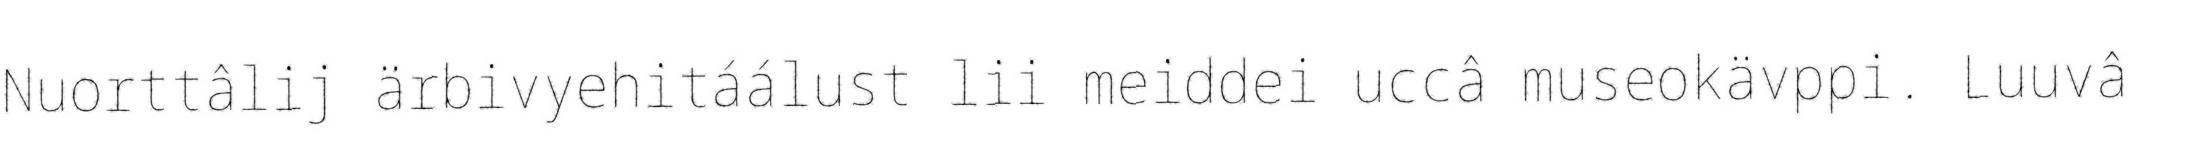
Nuorttâlij ärbivyehitáálust lii meiddei uccâ museokävppi. Luuvâ